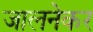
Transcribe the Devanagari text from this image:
जालनेकर